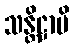
သန္တိဋ္ဌာမိ